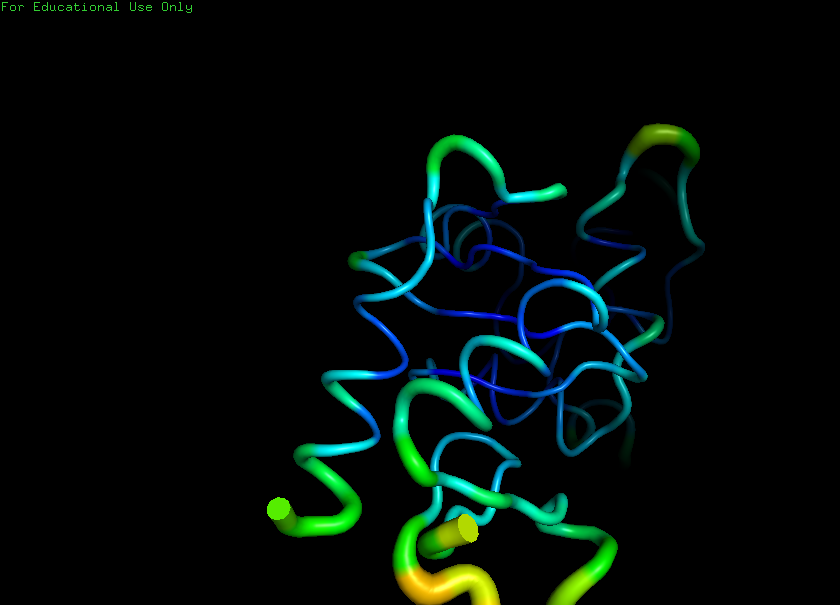
pymol, preset, b_factor_putty